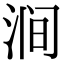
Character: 涧